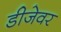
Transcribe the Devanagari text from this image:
डीजेवर